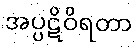
အပ္ပဋိဝိရတာ